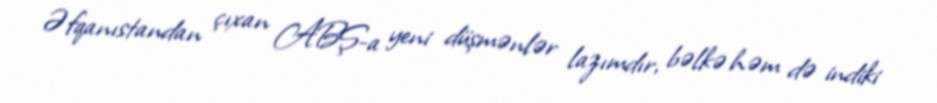
Əfqanıstandan çıxan ABŞ-a yeni düşmənlər lazımdır, bəlkə həm də indiki